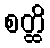
စတ္ထိ